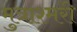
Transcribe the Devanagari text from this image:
मुत्राश्मरी